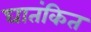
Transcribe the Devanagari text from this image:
घातंकित